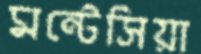
মন্টেসিয়া